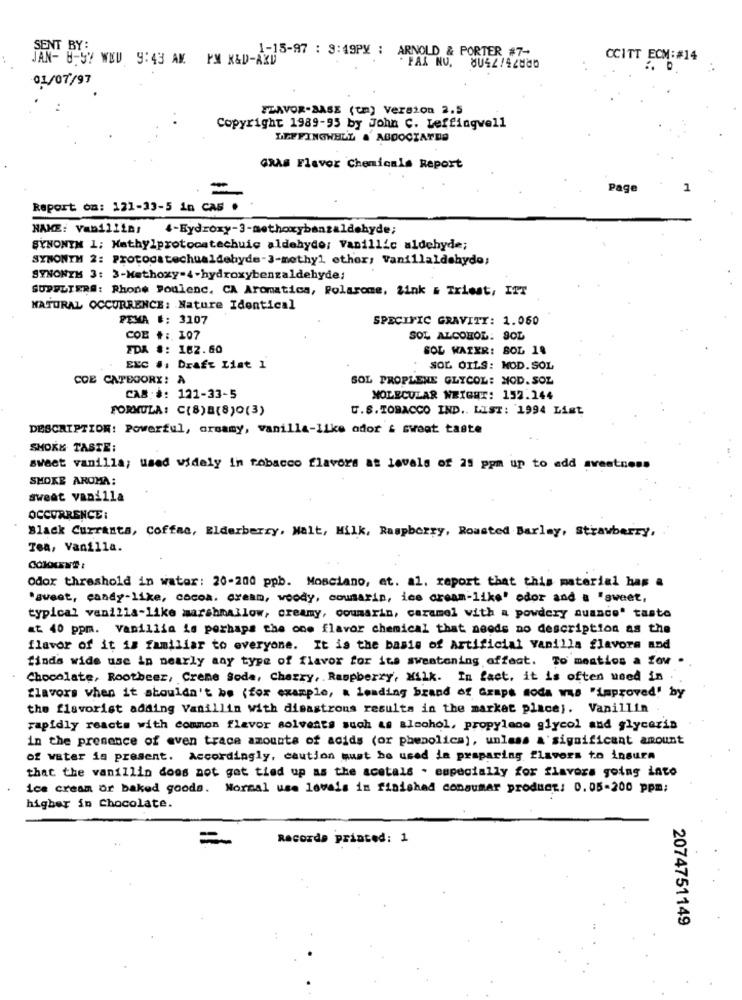
ONT BY:
JAN- 8-57 WED 9:43 AM PM K&D-AXU
1-15-97 : 9:49PX ; ARNOLD & PORTER #7-
CCITT ECM:#14
01/07/97
FLAVOR-BASE (tm) Version 2.5
Copyright 1989-95 by John C. Leffingwell
LEFFINGWELL & ABDOCIANDO
GRAS Flavor Chemicals Report
Page
1
Report on: 121-33-5 in CAS .
NAME: Van111ins
4-Hydroxy-3-methoxybenzaldehyde;
SYNONYH 1; Mathylprotocatechuic aldehyde: Vanillic aldehyde;
SYNONTH 2: Protocatechualdehyde-3-methyl ether; Vanillaldehyde;
SYNONYM 3: 3-Methoxy-4 -hydroxybenzaldehyde;
SUPPLIERS: Rhone Poulenc. CA Aromatica, Polarome, Zink & Triest, ITT
NATURAL OCCURRENCE: Nature Identical
PEMA #: 3107
SPECIFIC GRAVITY: 1.060
COE #: 107
SOL ALCOHOL: SOL
FDA #: 182.60
SOL WATER: BOL 18
EXC .. Draft List 1
SOL OILS: NOD. SOL
COE CATEGORY: A
SOL PROPLENE GLYCOL: HOD. SOL
CAS:#: 121-33-5
MOLECULAR WEIGHT: 152.144
FORMULA: C(8) B(8)O(3)
U.S. TOBACCO IND .. LIST: 1994 List
DESCRIPTION: Powerful, orsamy, vanilla-like ador & sweet taste
SMOKE TASTE:
sweet vanilla; used widely in tobacco flavors at levels of 25 ppm up to add greatness
SMOKE AROMA:
sweat vanilla
OCCURRENCE:
Black Currants, Coffee, Elderberry, Malt, Milk, Raspberry, Roasted Barley, Strawberry,
Tea, Vanilla.
odor threshold in water: 20-200 ppb. Mosciano, at. al. report that this material has a
"sweet, candy-like, cocoa. cream, woody, coumarin, ice cream-like' odor and a "sweet,
typical vanilla-like marshmallow, creamy, coumarin, caramel with a powdery auance' taste
at. 40 ppm. Vanillia is perhaps the one flavor chemical that needs no description as the
flavor of it is familiar to everyone. It is the basis of Artificial vanilla flavors and
finds wide use in nearly any type of flavor for its sweatoning affect. To mestios a fow .
Chocolate, Rootbeer, Creme Soda, Cherry, . Raspberry, Milk. In fact, it is often used in . .
flavors when it shouldn't be (for example, a leading brand of Grapa soda was "improved" by
the flavorist adding Vanillin with disastrous results in the market place). Vanillin
rapidly reacts with common flavor solvents such as alcohol, propylene glycol and glycerin
in the presence of even trace amounts of acids (or phenolica), unless & significant amount
of water is present. Accordingly, caution must be used in preparing flavors to insure
that the vanillin does not got tied up as the acetals . especially for flavors going into
ice cream or baked goods. Normal use lavals in finished consumer product: 0.05-200 ppm;
higher in Chocolate.
=
Recorda printed: 1
2074751149